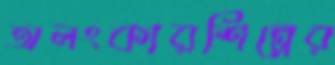
অলংকারশিল্পের